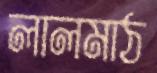
লালমাঠ